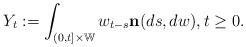
LaTeX: \begin{align*} Y_t := \int_{(0,t] \times \mathbb W} w_{t-s} \mathbf n(ds,dw), t\geq 0. \end{align*}